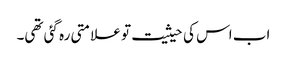
اب اس کی حیثیت تو علامتی رہ گئی تھی۔